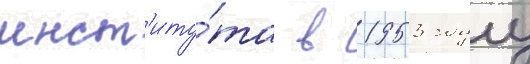
инст'иту́та в 1953 году